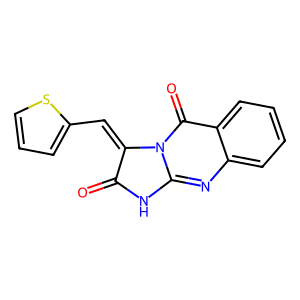
SMILES: O=c1[nH]c2nc3ccccc3c(=O)n2c1=Cc1cccs1
Inhibits HIV replication: No